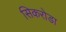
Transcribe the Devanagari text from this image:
सिकरोडा